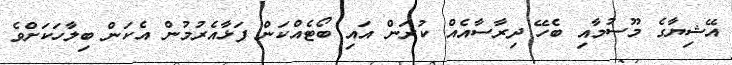
އޭޝިޔާގެ މޫސުމާއި ބެހޭ ދިރާސާއެއް ކުރަން އައި ބޯޓެއްކަން ފަޅާއެރުމުން އެކަން ބިލާހަކަށްވެ